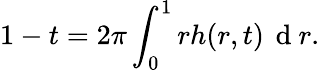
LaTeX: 1-t=2\pi\int_{0}^{1}rh(r,t)\, \mathrm{~d~}r.